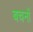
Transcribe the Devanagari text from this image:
बचनों